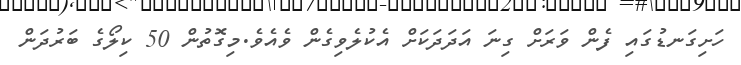
ހަށިގަނޑުގައި ފެން ވަރަށް ގިނަ އަދަދަކަށް އެކުލެވިގެން ވެއެވެ.މިގޮތުން 50 ކިލޯގެ ބަރުދަން